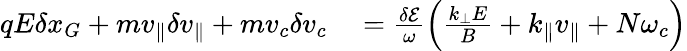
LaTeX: \begin{array}{rl}{qE\delta x_{G}+mv_{\parallel}\delta v_{\parallel}+mv_{c}\delta v_{c}}&{{}=\frac{\delta\mathcal{E}}{\omega}\left(\frac{k_{\perp}E}{B}+k_{\parallel}v_{\parallel}+N\omega_{c}\right)}\end{array}